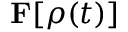
{ \bf F } [ \rho ( t ) ]